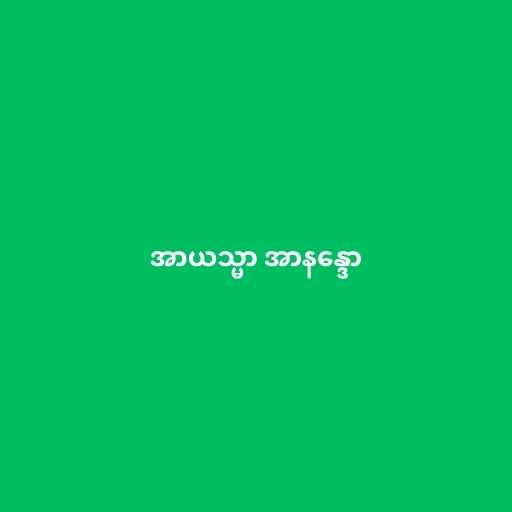
အာယသ္မာ အာနန္ဒော